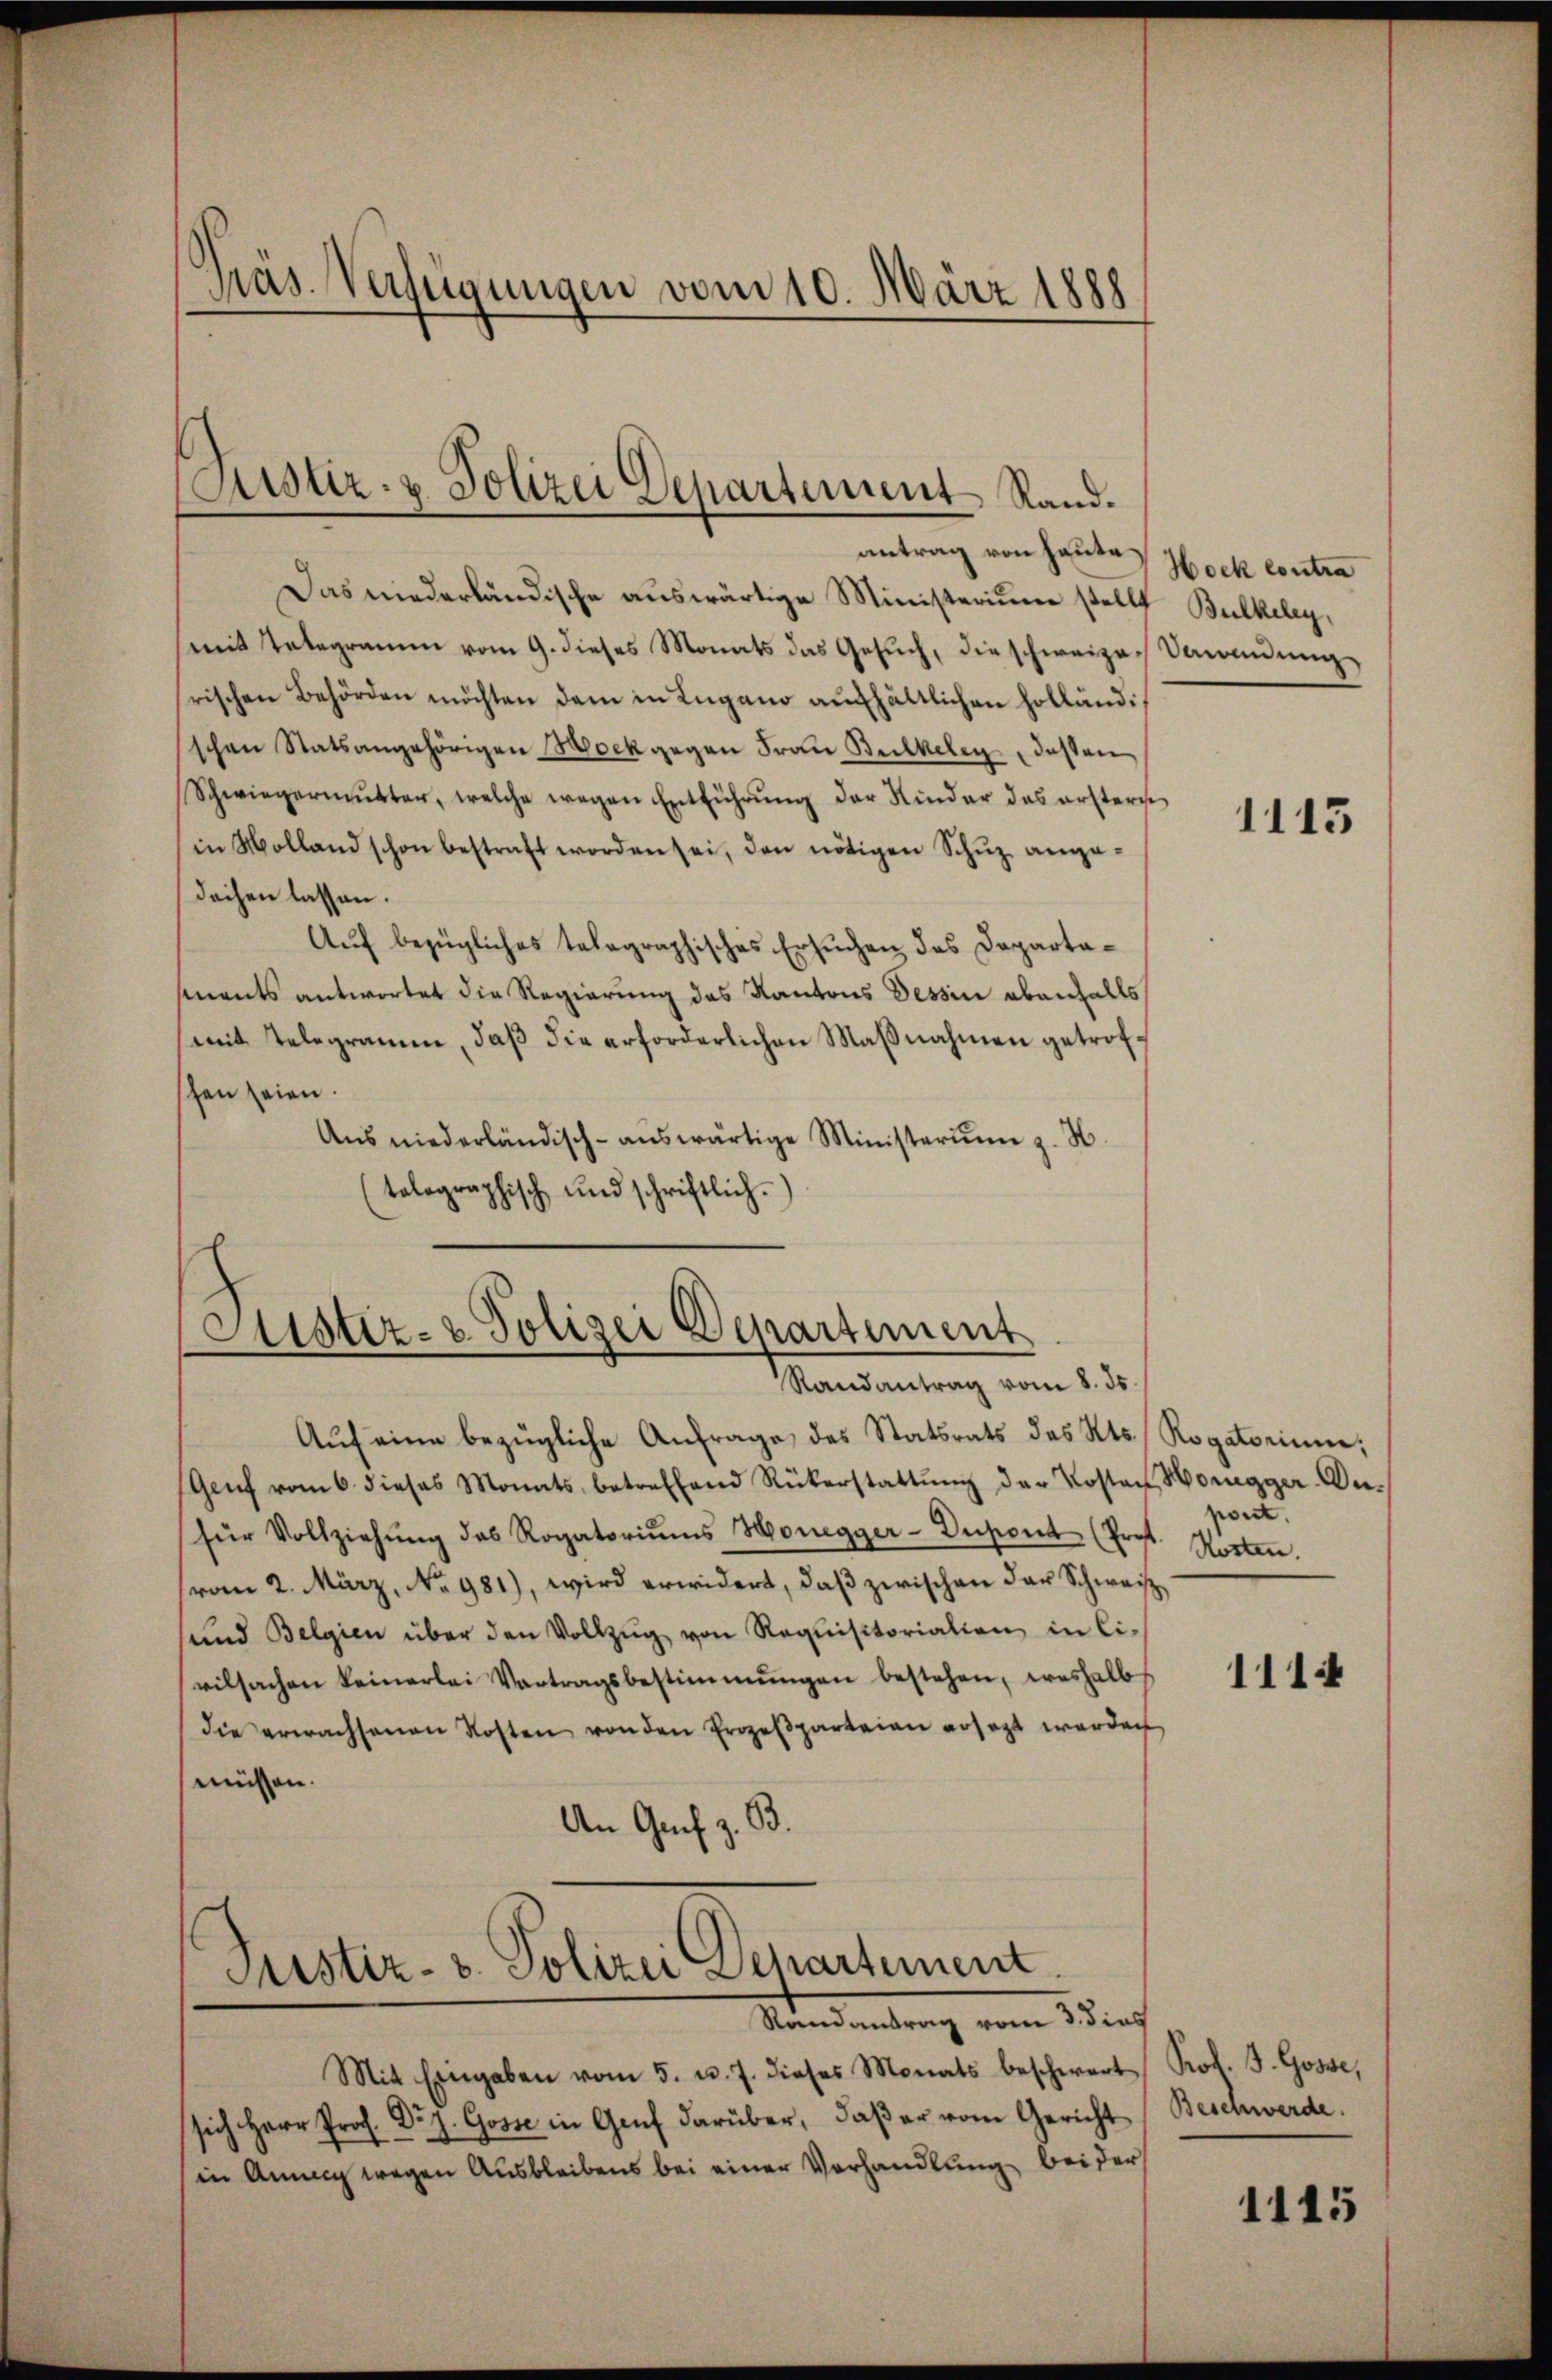
antrag von heute Hock contra
Das niederländische auswärtige Ministerium stellt Bulkeley,
mit Telegramm vom 9. dieses Monats das Gesuch, die schweizer Verandung
rischen Behörden möchten dem in Lugano aufhältlichen Holländischen Statsangehörigen Hockgegen Frau Bulkeley dassen
Schwiegermutter, welche wegen Entführung der Kinder des ersters
in Molland schon bestraft worden sei, den nötigen Schŭz ange-
dachen lassen.
Auf bezügliches telegraphisches Ersuchen des Departasments antwortet die Regierung des Kantons Tessin ebenfalls
mit Telegramm, daβ die erforderlichen Maβnahmen getrofschen seien.
Aŭs niederländisch-aŭswärtige Ministeriŭm z. H.
(tolographisch und schriftlich.

Präs. Verfügungen vom 10. März 1888

Stistiz- & Polizei Departement
Randantrag vom 8. ds.

Justiz- & Polizei Departement.
Randantrag vom 3. dies

Justiz- & Polizei Departement Rand¬

Aŭf eine bezügliche Anfrage des Statsrats des Kts. Rogatorium,
Genf vom 6. dieses Monats, betreffend Rükerstattŭng der Kosten Honegger-An-
für Vollziehŭng des Rogatoriŭms Honegger-Dupont (Prof. Kosten.
vom 2. März, No 981), wird erwidert, daβ zwischen der Schweiz
sund Belgien über den Vollzŭg von Requisitorialien in Ci-
vilsachen keinerlei Vortragsbestimmungen bestehen, weshalb
die erwachsenen Kosten von den Prozeβparteien ersezt werden
müssen.
An Genf z. B.

Mit Eingaben vom 5. u. 7. dieses Monats beschwert Prof. J. Gosse,
sich Herr Prof. Dr J. Gosse in Genf darüber, daβ er vom Gericht Beschwerde.
(in Anna wegen Ausbleibens bei einer Vorhandlung bei der

pont.

1113

1114

1115